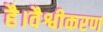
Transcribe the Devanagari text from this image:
है।वैश्वीकरण